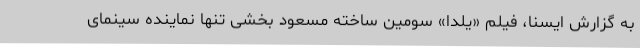
به گزارش ایسنا، فیلم «یلدا» سومین ساخته مسعود بخشی تنها نماینده سینمای